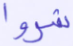
شروا